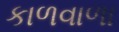
કાળવાળા